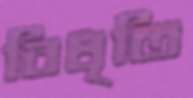
বিধৃতি